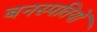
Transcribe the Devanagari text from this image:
बनस्पतियों